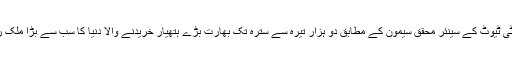
انسٹی ٹیوٹ کے سینئر محقق سیمون کے مطابق دو ہزار تیرہ سے سترہ تک بھارت بڑے ہتھیار خریدنے والا دنیا کا سب سے بڑا ملک رہا۔